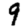
Digit: 9